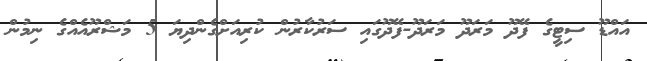
އައްޑޫ ސިޓީގެ ފޭދޫ މަރަދޫ މަރަދޫ-ފޭދޫގައި ސަރުކާރުން ކުރިއަށްގެންދިޔަ 5 މަޝްރޫއެއްގެ ނިމުން